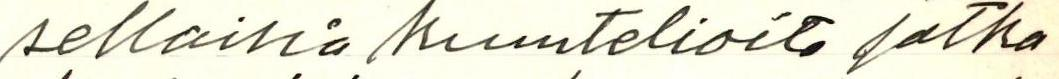
sellaisia kuuntelioita jotka